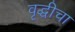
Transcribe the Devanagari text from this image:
वृद्धीचा